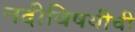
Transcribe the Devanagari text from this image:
नदीविषयीची